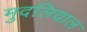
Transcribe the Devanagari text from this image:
मुदलियाल